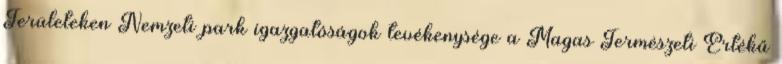
Területeken Nemzeti park igazgatóságok tevékenysége a Magas Természeti Értékű